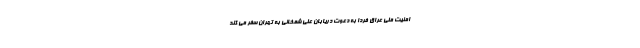
امنیت ملی عراق فردا به دعوت دریابان علی شمخانی به تهران سفر می کند